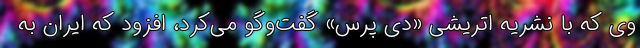
وی که با نشریه اتریشی «دی پرس» گفت‌وگو می‌کرد، افزود که ایران به